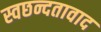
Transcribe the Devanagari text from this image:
स्वछन्दतावाद